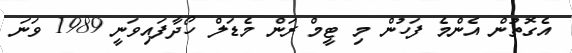
އެގޮތުން އެންމެ ފަހުން މި ޓީމް ރަން މެޑަލް ހޯދާފައިވަނީ 1989 ވަނަ